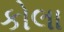
કોલા